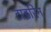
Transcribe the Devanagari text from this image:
टाइरिन